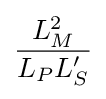
{\frac {L_{M}^{2}}{L_{P}L_{S}^{\prime }}}